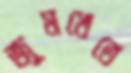
জুমখেতে